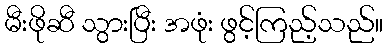
မီးဖိုဆီ သွားပြီး အဖုံး ဖွင့်ကြည့်သည်။